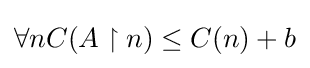
\forall nC(A\upharpoonright n)\leq C(n)+b